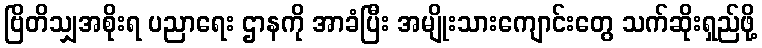
ဗြိတိသျှအစိုးရ ပညာရေး ဌာနကို အာခံပြီး အမျိုးသားကျောင်းတွေ သက်ဆိုးရှည်ဖို့